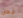
نحن